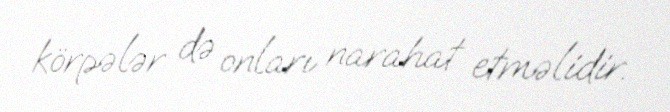
körpələr də onları narahat etməlidir.